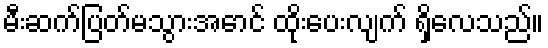
မီးဆက်ပြတ်မသွားအောင် ထိုးပေးလျက် ရှိလေသည်။